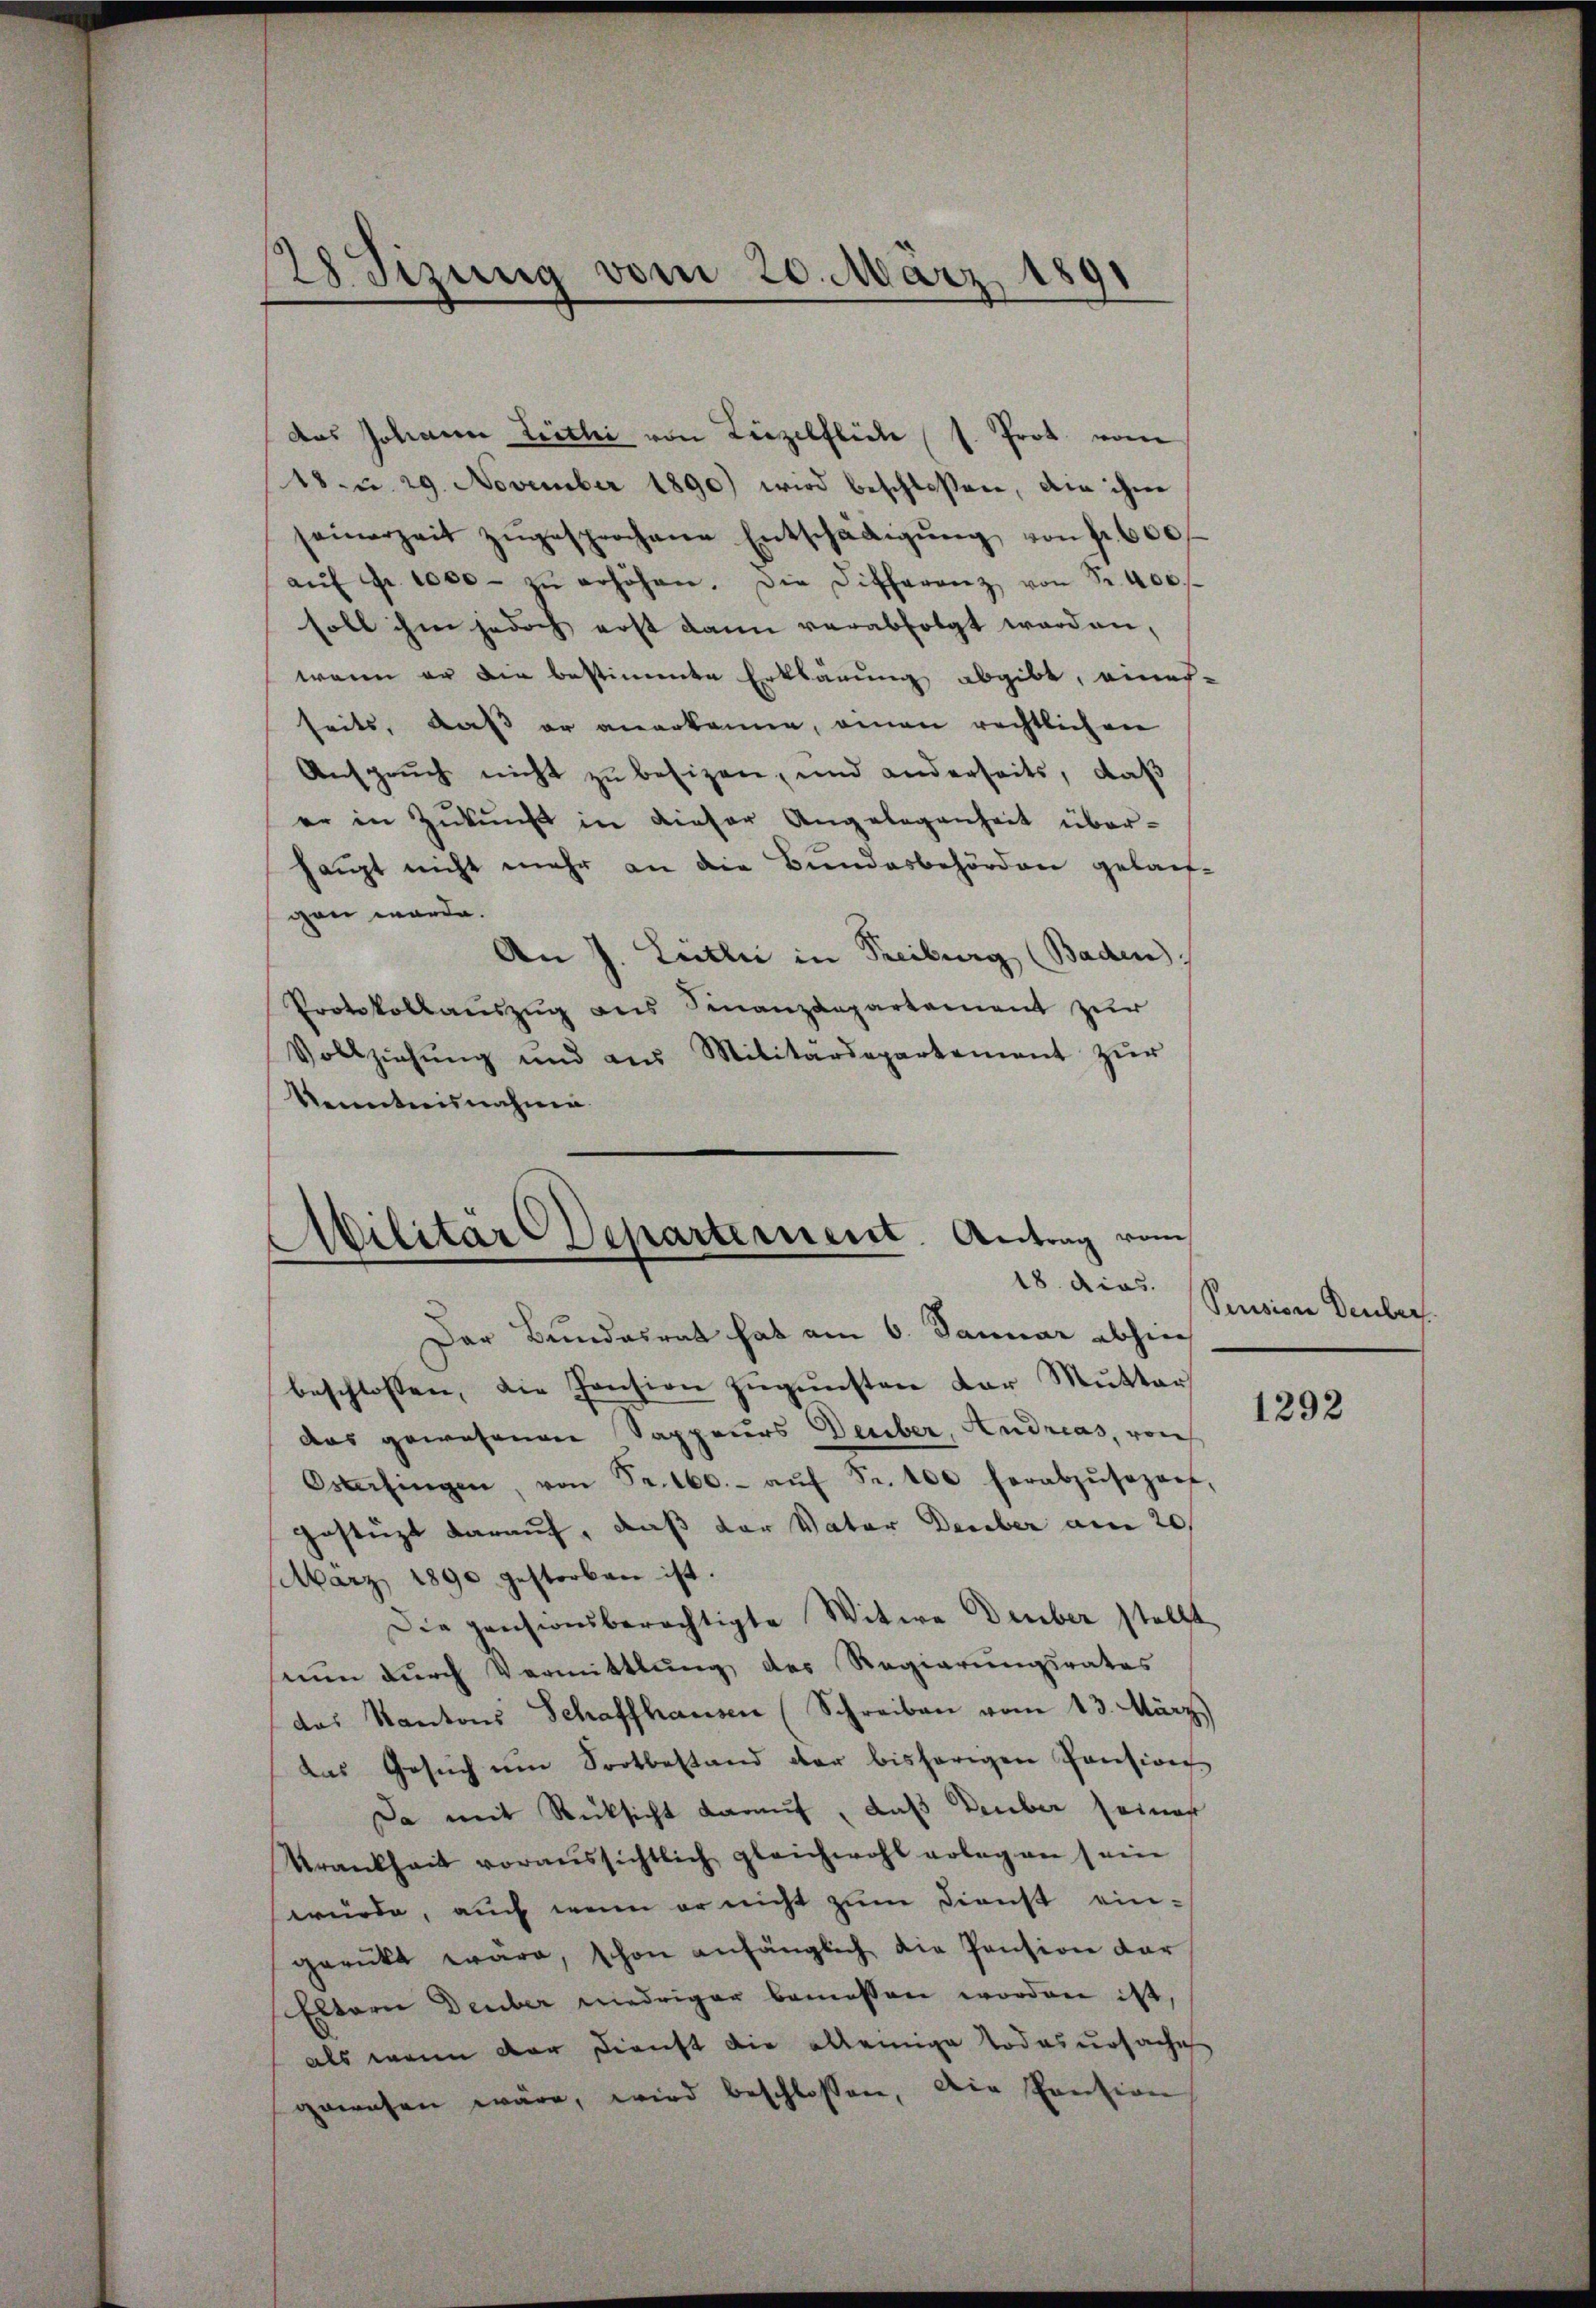
28 Sizung vom 20. März 1891

das Johann Leithi von Liezelfliche (s. Prot. von
18. u. 29. November 1890) wird beschloßen, die ihm
seinerzeit zŭgesprochene Entschädigŭng von fr. 600
aŭf Fr. 1000 zŭ erhöhen. Die Differenz von Fr. 400.
soll ihm jedoch erst dann verabfolgt worden,
wenn er die bestimmte Erklärung abgibt, eines-
seits, daß er anerkanne, einen rechtlichen
Anspruch nicht zu besizen, und anderseits, daß
er in Zŭkŭnft in dieser Angelegenheit über-
haupt nicht mehr an die Bundesbehörden gelauf-
gen würde.
An J. Leitli in Treiburg (Baden).
Protokollauszug aus Finanzdepartement zur
Vollziehŭng und aus Militärdepartement zŭr
Kenntensnahme.

Der Bundesrat hat am 6. Januar abhin
beschlossen, die Hansion zugunsten der Mutter
das gewesenen Sappeurs Deuber, Andreas, von
Osterfingen, von Fr. 160.- aŭf Fr. 100 herabzŭsepart,
Gestüzt darauf, daß der Vater Deuber am 20.
März 1890 gestorben ist.
Die pensionsberechtigte Witwe Deuber stellt
men dŭrch Vermittlung des Regierungsrates
das Kantons Schaffhausen (Schreiben vom 13. März)
das Gesŭch ŭm Fortbestand der bisherigen Pension
Da mit Rücksicht darauf, daß Deuber seiner
krankheit voraussichtlich gleichwohl erlegen sein
würde, auch wenn er nicht zum Dienst ein-
gerückt wäre, schon anfänglich die Pension dar
Eltern Deuber niedriger bemessen worden ist,
als wenn der Dienst die alleinige Todesursache
gewesen wäre, wird beschlossen, die Pension

Militär-Departement. Antrag vom
18. dies

Pension Deuber.

1292